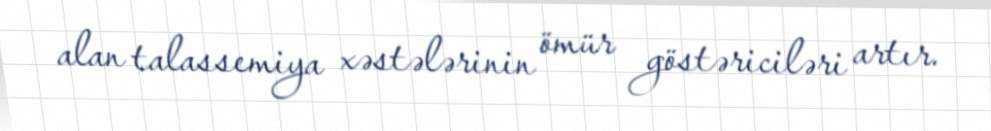
alan talassemiya xəstələrinin ömür göstəriciləri artır.